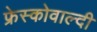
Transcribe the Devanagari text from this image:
फ्रेस्कोवाल्दी